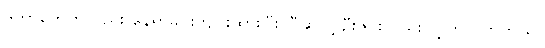
ဒကာတွေကလည်း နေရာခင်းကျင်းထားပြီး ပြီဆိုလို့ ဦးဇင်းလည်း လွှတ်လိုက်တယ်။